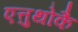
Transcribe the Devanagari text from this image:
एत्तुथोकै